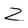
Character: Z